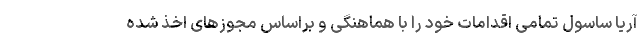
آریا ساسول تمامی اقدامات خود را با هماهنگی و براساس مجوزهای اخذ شده